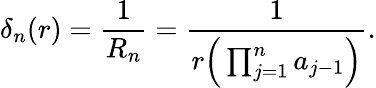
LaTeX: \delta_{n}(r)={\frac{1}{R_{n}}}={\frac{1}{r\Big(\prod_{j=1}^{n}a_{j-1}\Big)}}.